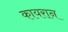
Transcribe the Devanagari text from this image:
कायरान